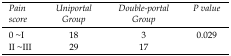
<table><thead><tr><td><b><i>Pain score</i></b></td><td><b><i>Uniportal Group</i></b></td><td><b><i>Double-portal Group</i></b></td><td><b><i>P value</i></b></td></tr></thead><tbody><tr><td>0 ~I</td><td>18</td><td>3</td><td>0.029</td></tr><tr><td>II ~III</td><td>29</td><td>17</td><td></td></tr></tbody></table>